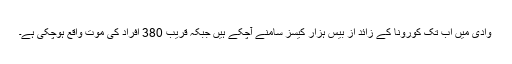
وادی میں اب تک کورونا کے زائد از بیس ہزار کیسز سامنے آچکے ہیں جبکہ قریب 380 افراد کی موت واقع ہوچکی ہے۔